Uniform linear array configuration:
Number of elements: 24
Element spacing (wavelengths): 0.5
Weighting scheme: exponential
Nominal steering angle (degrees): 0
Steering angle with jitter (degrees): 0.789
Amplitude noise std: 0.05
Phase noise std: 0.05

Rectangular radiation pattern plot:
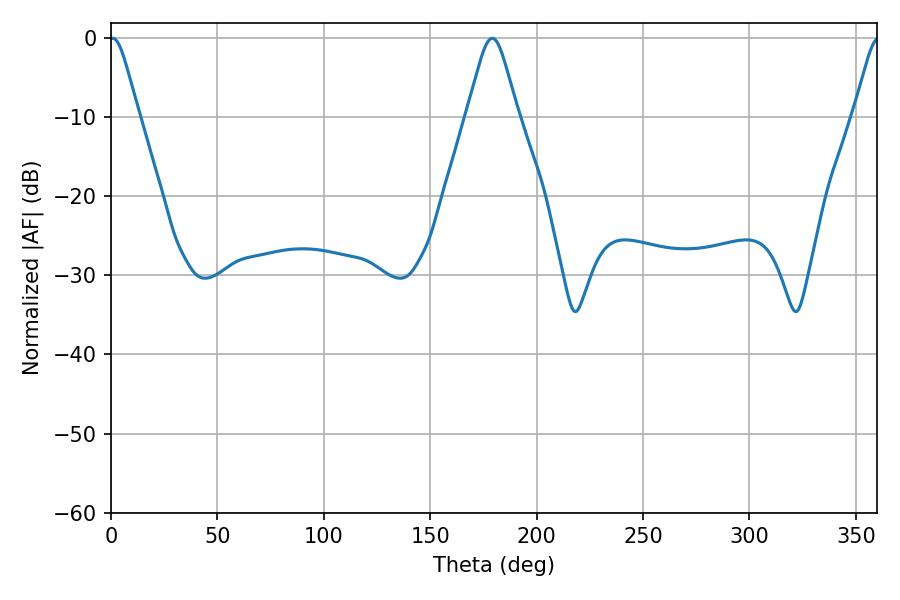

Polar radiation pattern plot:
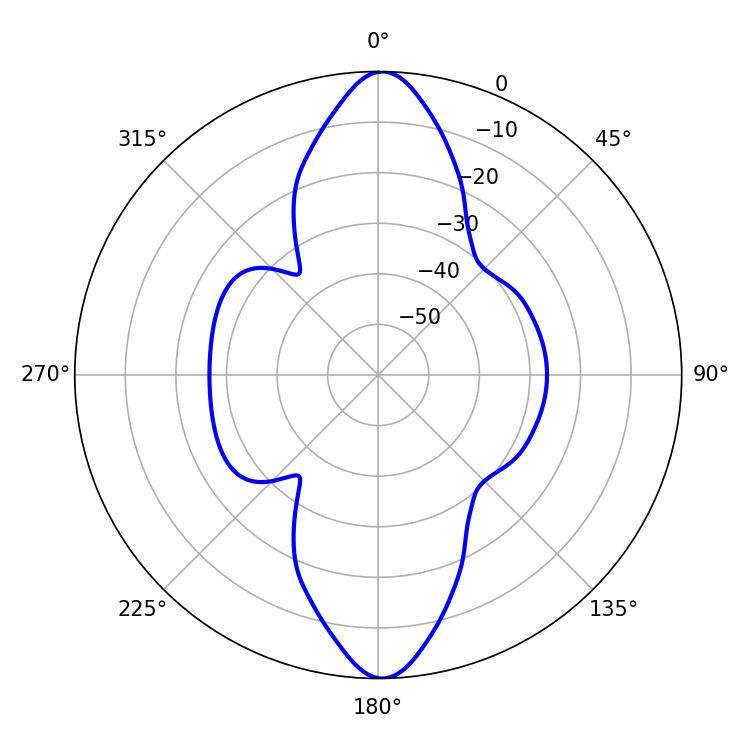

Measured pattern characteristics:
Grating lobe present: FALSE
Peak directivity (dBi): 25.496
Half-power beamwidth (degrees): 6.66
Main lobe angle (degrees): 0.9